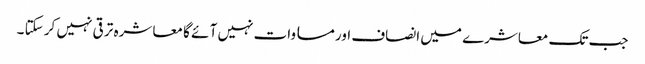
جب تک معاشرے میں انصاف اور مسا وات نہیں آ ئے گا معا شرہ تر قی نہیں کر سکتا ۔